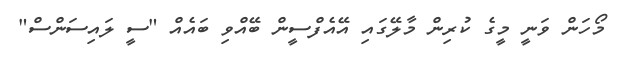
މޯހަން ވަނީ މީގެ ކުރިން މާލޭގައި އޭއެފްސީން ބޭއްވި ބައެއް "ސީ ލައިސަންސް"